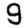
Digit: 9